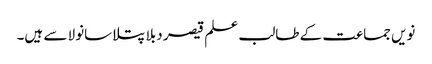
نویں جماعت کے طالب علم قیصر دبلا پتلا سانولا سے ہیں۔